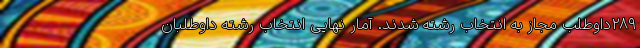
۲۸۹‌داوطلب مجاز به انتخاب رشته شدند. آمار نهایی انتخاب رشته داوطلبان